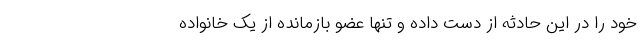
خود را در این حادثه از دست داده و تنها عضو بازمانده از یک خانواده